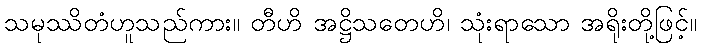
သမုဿိတံဟူသည်ကား။ တီဟိ အဋ္ဌိသတေဟိ၊ သုံးရာသော အရိုးတို့ဖြင့်။